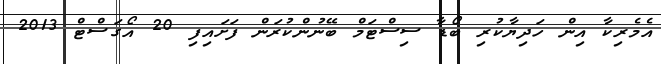
އެމެރިކާ އިން ހަދިޔާކުރި ބޯޑާ ސިސްޓަމް ބޭނުންކުރަން ފަށައިފި 20 އޯގަސްޓް 2013